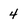
Character: 4